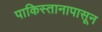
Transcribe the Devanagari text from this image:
पाकिस्तानापासून